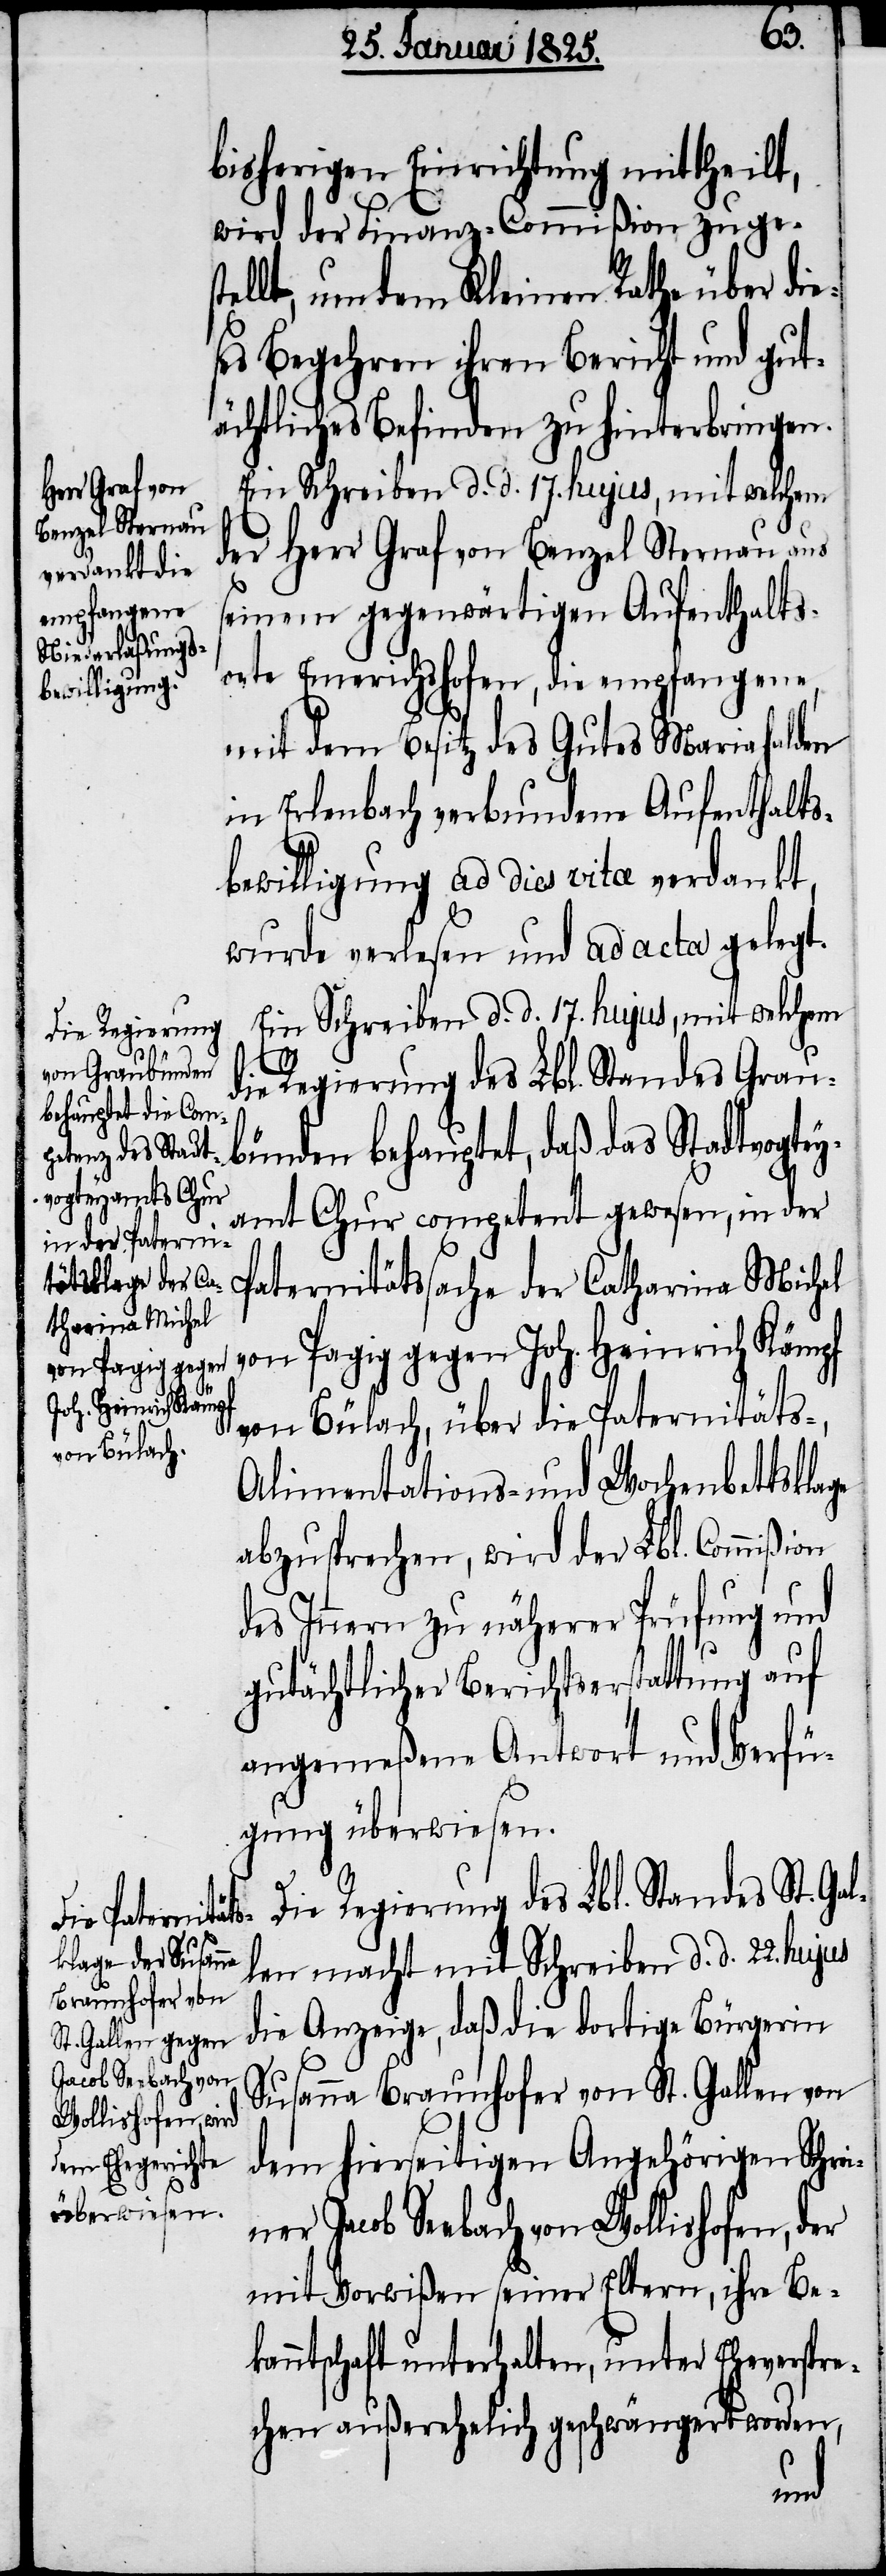
Jacob Seebach von
Wollishofen, der

ner
bisherigen Einrichtung mittheilt,
wird der Finanz-Commißion zuges¬
tellt, um dem Kleinen Rathe über die¬
ses Begehren ihren Bericht und gut¬
ächtliches Befinden zu hinterbringen.
Ein Schreiben d. d. 17. hujus, mit welchem
der Herr Graf von Benzel Sternau aus
seinem gegenwärtigen Aufenthalts¬
orte Emerichshofen, die empfangene,
mit dem Besitz des Gutes Mariahalden
in Erlenbach verbundene Aufenthalts¬
bewilligung ad dies vita verdankt,
wurde verlesen und ad acta gelegt.
Ein Schreiben d. d. 17. hujus, mit welchem
die Regierung des Lbl. Standes Grau¬
bünden behauptet, daß das Stadtvogtey¬
amt Chur competent gewesen, in der
Paternitätssache der Catharina Michel
von Pagig gegen Joh. Heinrich Kämpf
von Bülach, über die Paternitäts-,
Alimentations- und Wochenbettsklage
abzusprechen, wird der Lbl. Commißion
des Innern zu näherer Prüfung und
gutächtlicher Berichtserstattung auf
angemeßene Antwort und Verfü¬
gung überwiesen.
Die Regierung des Lbl. Standes St.
len macht mit Schreiben d. d. 22. hujus
die Anzeige, daß die dortige Bürgerin
Susanna Braunhofer von St. Gallen von
dem hierseitigen Angehörigen Schrei¬
mit Vorwißen seiner Eltern, ihre Bek¬
anntschaft unterhalten, unter Eheverspre¬
chen außerehelich geschwängert worden,